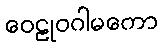
ဝေဠုဝဂါမကော